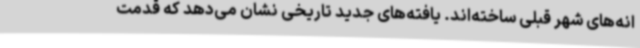
انه‌های شهر قبلی ساخته‌اند. یافته‌های جدید تاریخی نشان می‌دهد که قدمت